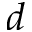
d